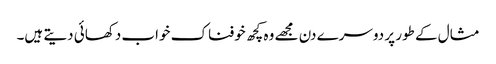
مثال کے طور پر دوسرے دن مجھے وہ کچھ خوفناک خواب دکھائی دیتے ہیں۔